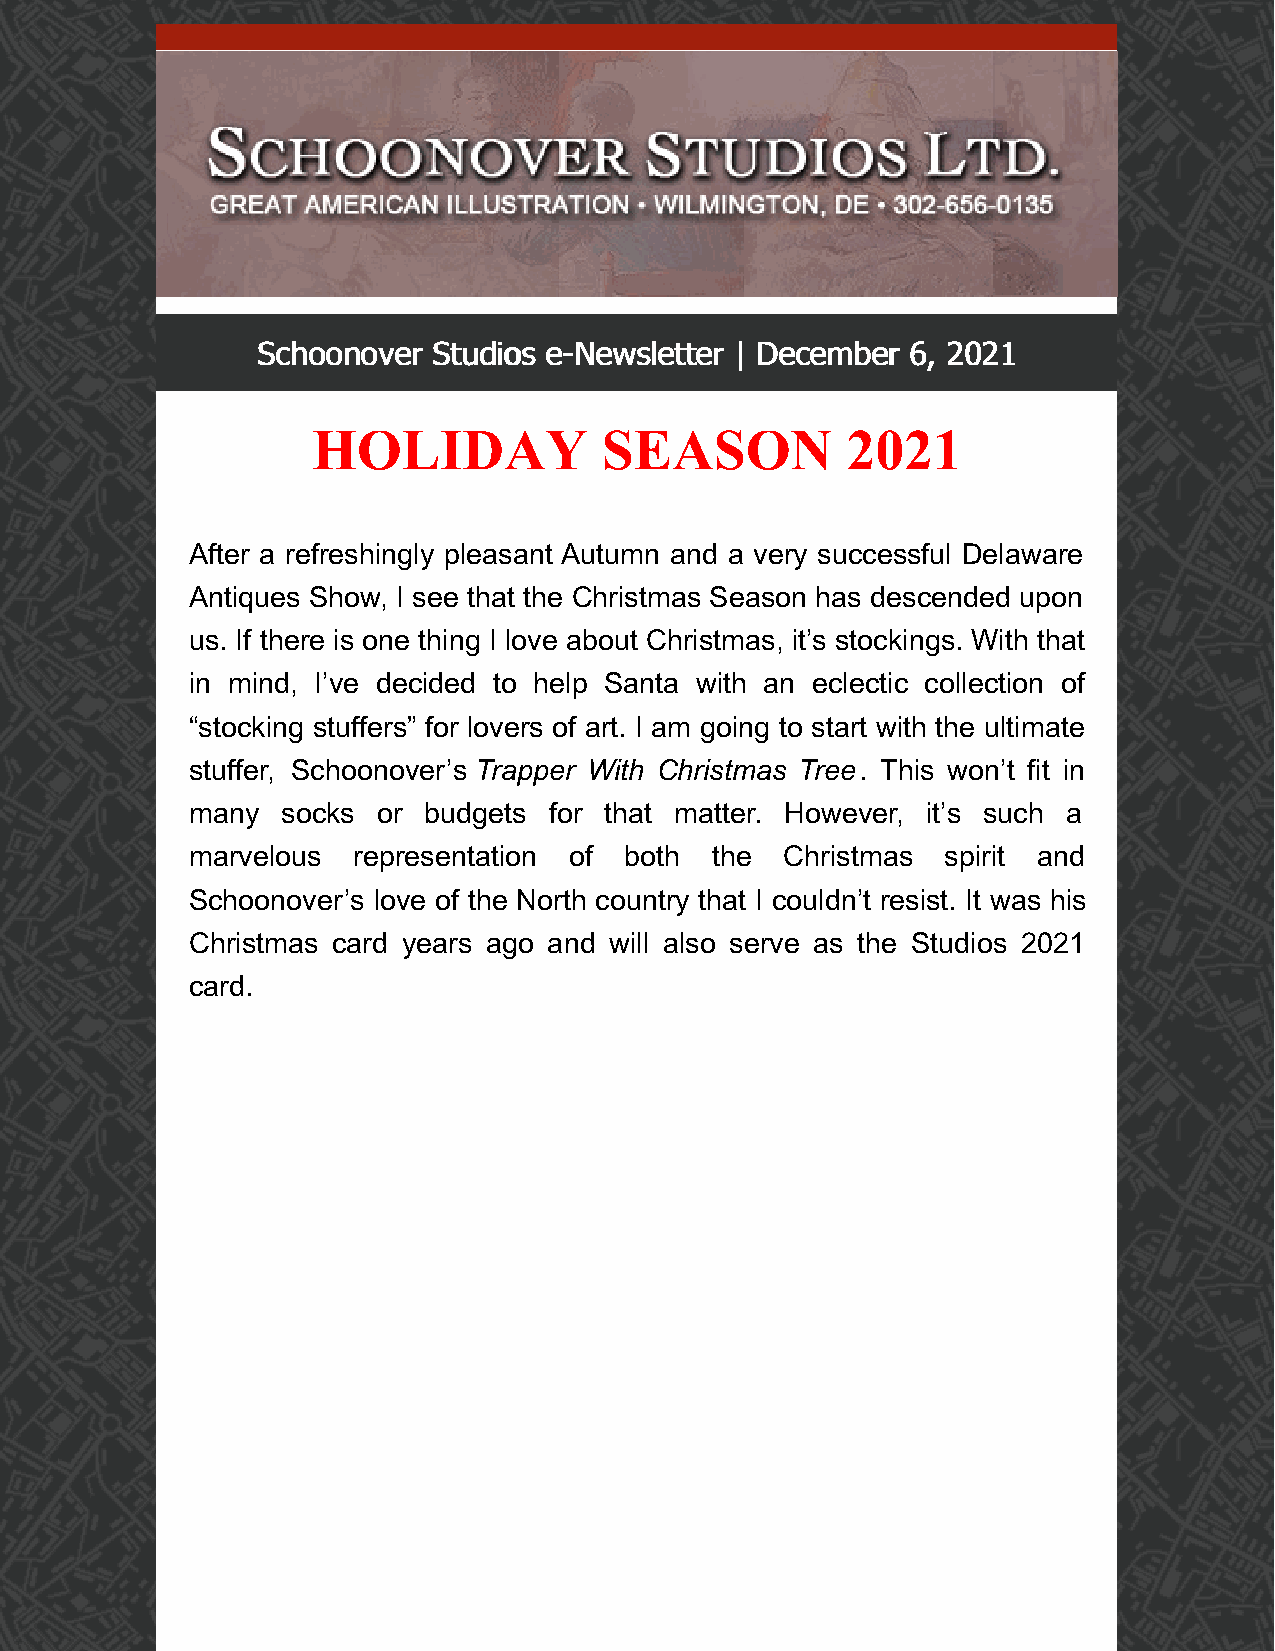
SScchhoooonnoovveerr SSttuuddiiooss ee--NNeewwsslleetttteerr || DDeecceemmbbeerr 66,, 22002211
 HOLIDAY            SEASON          2021
 After a refreshingly pleasant Autumn and a very successful Delaware
 Antiques Show, I see that the Christmas Season has descended upon
 us. If there is one thing I love about Christmas, it’s stockings. With that
 in mind, I’ve decided to help Santa with an eclectic collection of
 “stocking stuffers” for lovers of art. I am going to start with the ultimate
 stuffer, Schoonover’s Trapper With Christmas Tree. This won’t fit in
 many  socks or budgets for that matter. However, it’s such a
 marvelous representation of both  the  Christmas  spirit and
 Schoonover’s love of the North country that I couldn’t resist. It was his
 Christmas card years ago and will also serve as the Studios 2021
 card.